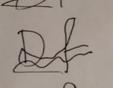
Signature authenticity: forged